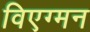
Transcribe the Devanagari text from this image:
विएग्मन